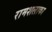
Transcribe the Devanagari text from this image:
रामशलाका